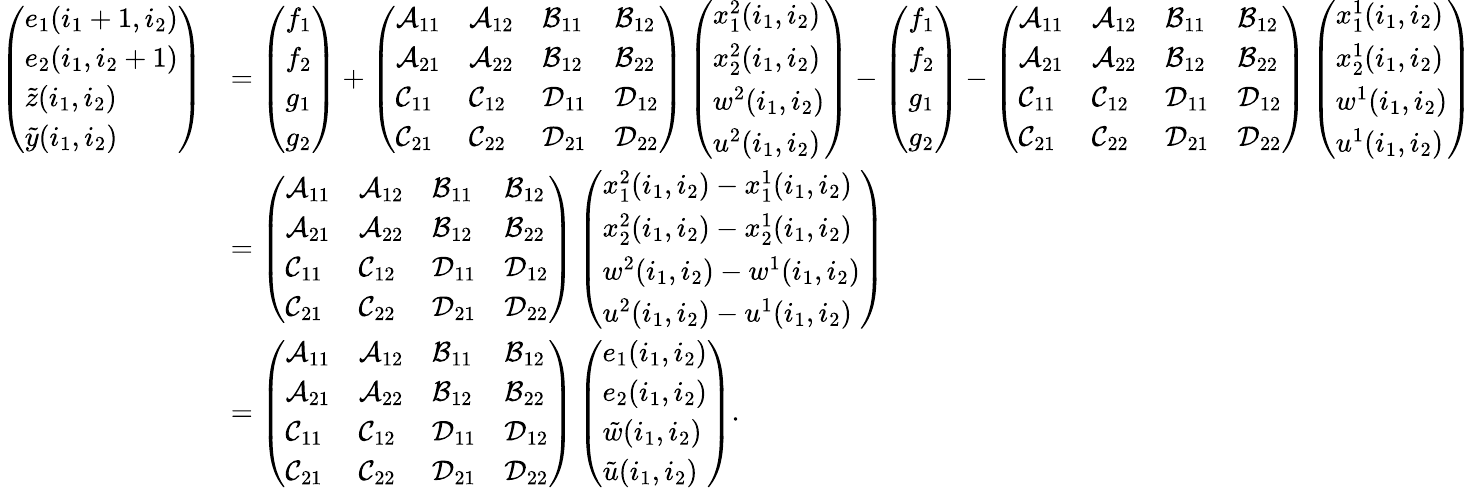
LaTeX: \begin{array}{rl}{\left(\begin{array}{l}{e_{1}(i_{1}+1,i_{2})}\\ {e_{2}(i_{1},i_{2}+1)}\\ {\tilde{z}(i_{1},i_{2})}\\ {\tilde{y}(i_{1},i_{2})}\end{array}\right)}&{=\left(\begin{array}{l}{f_{1}}\\ {f_{2}}\\ {g_{1}}\\ {g_{2}}\end{array}\right)+\left(\begin{array}{llll}{\mathcal{A}_{11}}&{\mathcal{A}_{12}}&{\mathcal{B}_{11}}&{\mathcal{B}_{12}}\\ {\mathcal{A}_{21}}&{\mathcal{A}_{22}}&{\mathcal{B}_{12}}&{\mathcal{B}_{22}}\\ {\mathcal{C}_{11}}&{\mathcal{C}_{12}}&{\mathcal{D}_{11}}&{\mathcal{D}_{12}}\\ {\mathcal{C}_{21}}&{\mathcal{C}_{22}}&{\mathcal{D}_{21}}&{\mathcal{D}_{22}}\end{array}\right)\left(\begin{array}{l}{x_{1}^{2}(i_{1},i_{2})}\\ {x_{2}^{2}(i_{1},i_{2})}\\ {w^{2}(i_{1},i_{2})}\\ {u^{2}(i_{1},i_{2})}\end{array}\right)-\left(\begin{array}{l}{f_{1}}\\ {f_{2}}\\ {g_{1}}\\ {g_{2}}\end{array}\right)-\left(\begin{array}{llll}{\mathcal{A}_{11}}&{\mathcal{A}_{12}}&{\mathcal{B}_{11}}&{\mathcal{B}_{12}}\\ {\mathcal{A}_{21}}&{\mathcal{A}_{22}}&{\mathcal{B}_{12}}&{\mathcal{B}_{22}}\\ {\mathcal{C}_{11}}&{\mathcal{C}_{12}}&{\mathcal{D}_{11}}&{\mathcal{D}_{12}}\\ {\mathcal{C}_{21}}&{\mathcal{C}_{22}}&{\mathcal{D}_{21}}&{\mathcal{D}_{22}}\end{array}\right)\left(\begin{array}{l}{x_{1}^{1}(i_{1},i_{2})}\\ {x_{2}^{1}(i_{1},i_{2})}\\ {w^{1}(i_{1},i_{2})}\\ {u^{1}(i_{1},i_{2})}\end{array}\right)}\\ &{=\left(\begin{array}{llll}{\mathcal{A}_{11}}&{\mathcal{A}_{12}}&{\mathcal{B}_{11}}&{\mathcal{B}_{12}}\\ {\mathcal{A}_{21}}&{\mathcal{A}_{22}}&{\mathcal{B}_{12}}&{\mathcal{B}_{22}}\\ {\mathcal{C}_{11}}&{\mathcal{C}_{12}}&{\mathcal{D}_{11}}&{\mathcal{D}_{12}}\\ {\mathcal{C}_{21}}&{\mathcal{C}_{22}}&{\mathcal{D}_{21}}&{\mathcal{D}_{22}}\end{array}\right)\left(\begin{array}{l}{x_{1}^{2}(i_{1},i_{2})-x_{1}^{1}(i_{1},i_{2})}\\ {x_{2}^{2}(i_{1},i_{2})-x_{2}^{1}(i_{1},i_{2})}\\ {w^{2}(i_{1},i_{2})-w^{1}(i_{1},i_{2})}\\ {u^{2}(i_{1},i_{2})-u^{1}(i_{1},i_{2})}\end{array}\right)}\\ &{=\left(\begin{array}{llll}{\mathcal{A}_{11}}&{\mathcal{A}_{12}}&{\mathcal{B}_{11}}&{\mathcal{B}_{12}}\\ {\mathcal{A}_{21}}&{\mathcal{A}_{22}}&{\mathcal{B}_{12}}&{\mathcal{B}_{22}}\\ {\mathcal{C}_{11}}&{\mathcal{C}_{12}}&{\mathcal{D}_{11}}&{\mathcal{D}_{12}}\\ {\mathcal{C}_{21}}&{\mathcal{C}_{22}}&{\mathcal{D}_{21}}&{\mathcal{D}_{22}}\end{array}\right)\left(\begin{array}{l}{e_{1}(i_{1},i_{2})}\\ {e_{2}(i_{1},i_{2})}\\ {\tilde{w}(i_{1},i_{2})}\\ {\tilde{u}(i_{1},i_{2})}\end{array}\right).}\end{array}